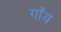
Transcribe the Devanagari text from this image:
गाँय